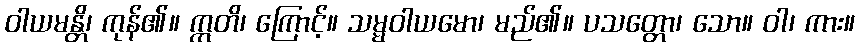
ဝါယမန္တိ၊ ကုန်၏။ ဣတိ၊ ကြောင့်။ သမ္မဝါယမော၊ မည်၏။ ပသတ္တော၊ သော။ ဝါ၊ ကား။